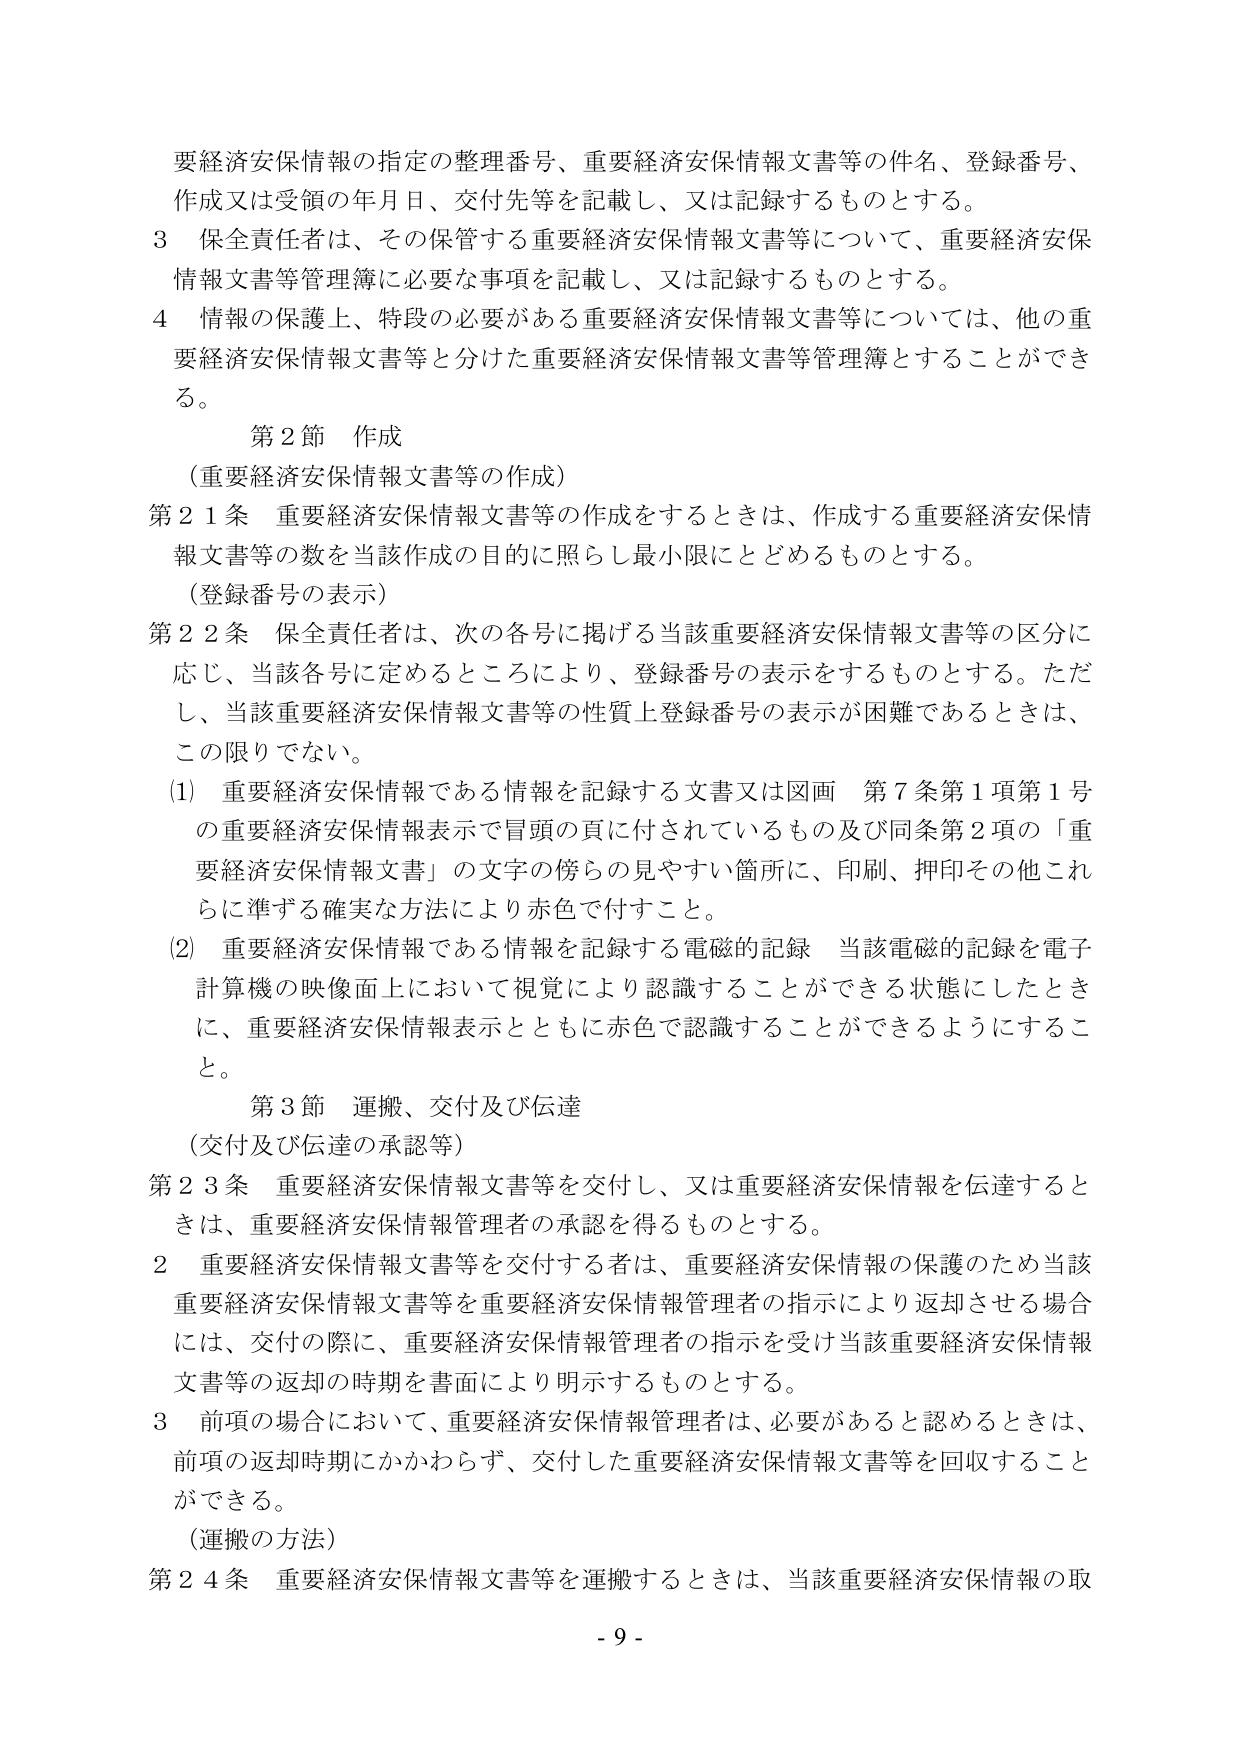
要経済安保情報の指定の整理番号、重要経済安保情報文書等の件名、登録番号、作成又は受領の年月日、交付先等を記載し、又は記録するものとする。

3 保全責任者は、その保管する重要経済安保情報文書等について、重要経済安保情報文書等管理簿に必要な事項を記載し、又は記録するものとする。

4 情報の保護上、特段の必要がある重要経済安保情報文書等については、他の重要経済安保情報文書等と分けた重要経済安保情報文書等管理簿とすることができる。

第2節 作成

（重要経済安保情報文書等の作成）

第21条 重要経済安保情報文書等の作成をするときは、作成する重要経済安保情報文書等の数を当該作成の目的に照らし最小限にとどめるものとする。

（登録番号の表示）

第22条 保全責任者は、次の各号に掲げる当該重要経済安保情報文書等の区分に応じ、当該各号に定めるところにより、登録番号の表示をするものとする。ただし、当該重要経済安保情報文書等の性質上登録番号の表示が困難であるときは、この限りでない。

(1) 重要経済安保情報である情報を記録する文書又は図画 第7条第1項第1号の重要経済安保情報表示で冒頭の頁に付されているもの及び同条第2項の「重要経済安保情報文書」の文字の傍らの見やすい箇所に、印刷、押印その他これらに準ずる確実な方法により赤色で付すこと。

(2) 重要経済安保情報である情報を記録する電磁的記録 当該電磁的記録を電子計算機の映像面上において視覚により認識することができる状態にしたときに、重要経済安保情報表示とともに赤色で認識することができるようにすること。

第3節 運搬、交付及び伝達

（交付及び伝達の承認等）

第23条 重要経済安保情報文書等を交付し、又は重要経済安保情報を伝達するときは、重要経済安保情報管理者の承認を得るものとする。

2 重要経済安保情報文書等を交付する者は、重要経済安保情報の保護のため当該重要経済安保情報文書等を重要経済安保情報管理者の指示により返却させる場合には、交付の際に、重要経済安保情報管理者の指示を受け当該重要経済安保情報文書等の返却の時期を書面により明示するものとする。

3 前項の場合において、重要経済安保情報管理者は、必要があると認めるときは、前項の返却時期にかかわらず、交付した重要経済安保情報文書等を回収することができる。

（運搬の方法）

第24条 重要経済安保情報文書等を運搬するときは、当該重要経済安保情報の取

- 9 -